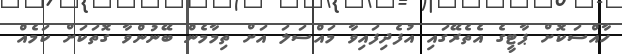
ހާއްސަކޮށް ޕާޓީގެ އެތެރޭގައި އުފެދިފައިވާ މައްސަލަ އަށް ތިމާމެން ބޭނުންވާ ގޮތަކަށް ކަމެއް